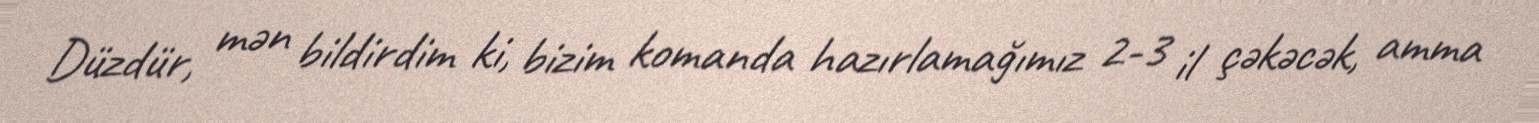
Düzdür, mən bildirdim ki, bizim komanda hazırlamağımız 2-3 il çəkəcək, amma